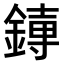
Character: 𫟱